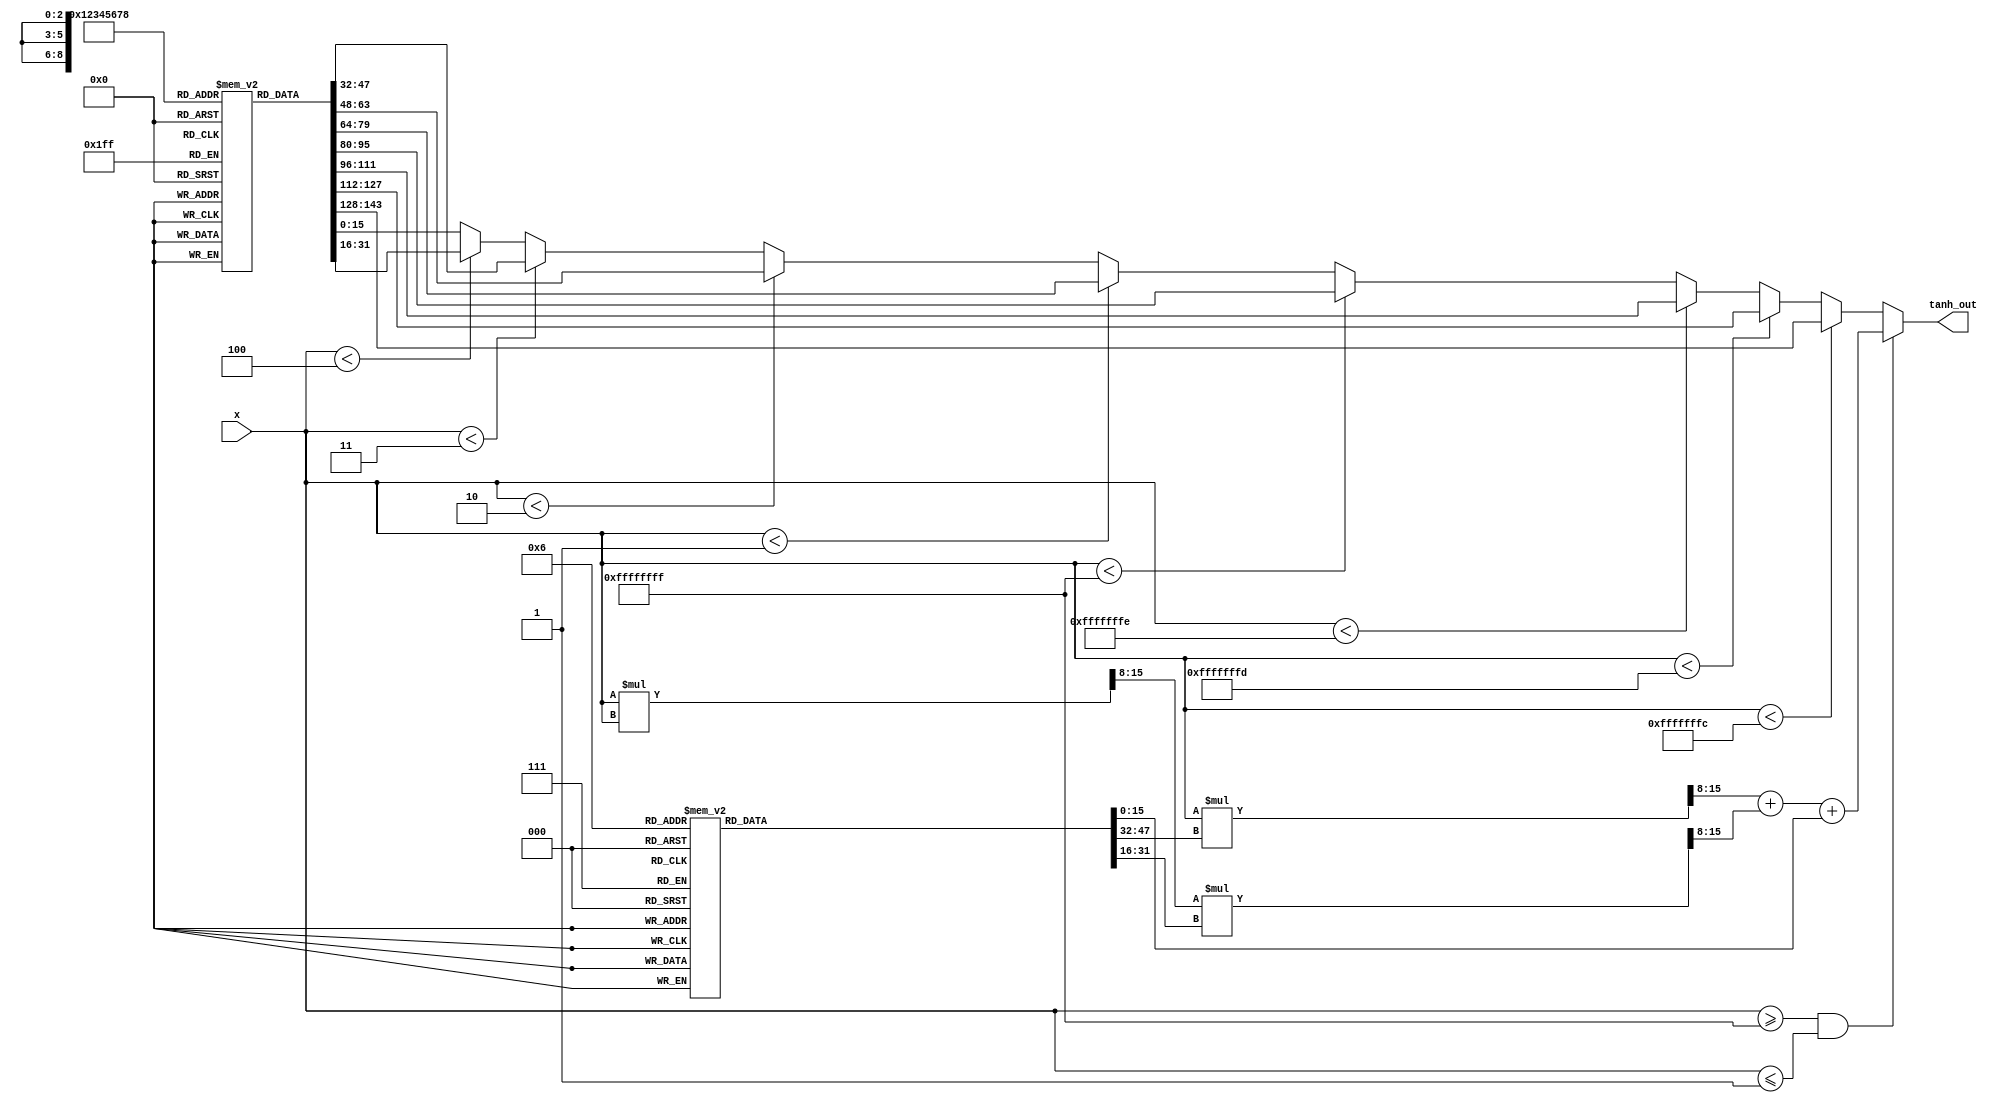
module tanh_approx (
    input wire [15:0] x,         // 16-bit fixed-point input (e.g., range: -4 to 4)
    output reg [15:0] tanh_out   // 16-bit fixed-point output
);

    // Parameters for LUT
    parameter LUT_SIZE = 16;
    reg [15:0] lut [0:LUT_SIZE-1]; // Lookup table for tanh values

    // Polynomial coefficients for approximation
    reg [15:0] coeffs [0:3]; // Example: 4th degree polynomial coefficients

    // Initialization of LUT
    initial begin
        // Fill LUT with precomputed tanh values (in fixed-point representation)
        lut[0] = 16'h0000; // tanh(-4)
        lut[1] = 16'hE78F; // tanh(-3)
        lut[2] = 16'hB3D5; // tanh(-2)
        lut[3] = 16'h00A4; // tanh(-1)
        lut[4] = 16'h0000; // tanh(0)
        lut[5] = 16'h00A4; // tanh(1)
        lut[6] = 16'hB3D5; // tanh(2)
        lut[7] = 16'hE78F; // tanh(3)
        lut[8] = 16'hFFFF; // tanh(4)
        
        // Initialize polynomial coefficients (example values)
        coeffs[0] = 16'h00F0; // Coefficient for x^3
        coeffs[1] = 16'hFFFF; // Coefficient for x^2
        coeffs[2] = 16'h0000; // Coefficient for x
        coeffs[3] = 16'h0000; // Constant term
    end

    // Function to compute polynomial approximation
    function [15:0] polynomial_approximation(input [15:0] x_val);
        reg [15:0] x_squared;
        begin
            x_squared = (x_val * x_val) >> 8; // x^2 term, scale down
            polynomial_approximation = (x_val * coeffs[0] >> 8) + 
                                       (x_squared * coeffs[1] >> 8) + 
                                       coeffs[2];
        end
    endfunction

    always @(*) begin
        // Default output
        tanh_out = 16'h0000; // Fallback output
        
        // Determine LUT index based on the input value
        if (x < -4)
            tanh_out = lut[0]; // Use LUT for -4
        else if (x < -3)
            tanh_out = lut[1]; // Use LUT for -3
        else if (x < -2)
            tanh_out = lut[2]; // Use LUT for -2
        else if (x < -1)
            tanh_out = lut[3]; // Use LUT for -1
        else if (x < 1)
            tanh_out = lut[4]; // Use LUT for 0
        else if (x < 2)
            tanh_out = lut[5]; // Use LUT for 1
        else if (x < 3)
            tanh_out = lut[6]; // Use LUT for 2
        else if (x < 4)
            tanh_out = lut[7]; // Use LUT for 3
        else
            tanh_out = lut[8]; // Use LUT for 4
        
        // Placeholder: Call polynomial approximation if needed
        if (x >= -1 && x <= 1) begin
            tanh_out = polynomial_approximation(x);
        end
    end

endmodule